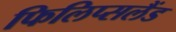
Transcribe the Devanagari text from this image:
फिलिप्सलैंड